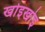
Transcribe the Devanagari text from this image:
खोइखोइ